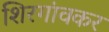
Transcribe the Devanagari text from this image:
शिरगांवकर